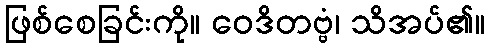
ဖြစ်စေခြင်းကို။ ဝေဒိတဗ္ဗံ၊ သိအပ်၏။